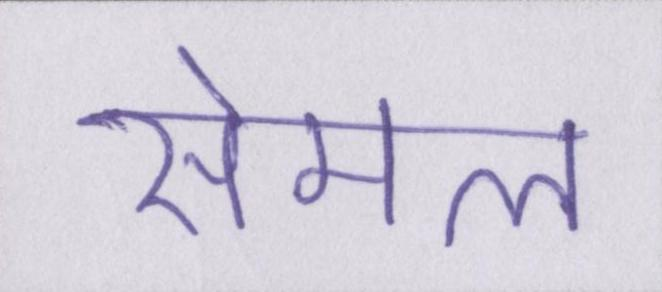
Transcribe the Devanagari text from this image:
सेमल